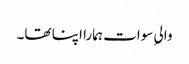
والیِ سوات ہمارا اپنا تھا۔